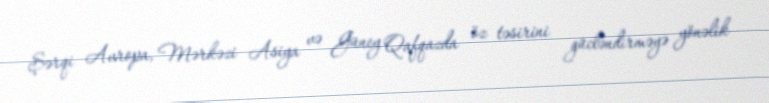
Şərqi Avropa, Mərkəzi Asiya və Güney Qafqazda öz təsirini gücləndirməyə yönəlik